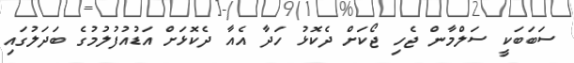
ސަބަބަކީ ސަލްމާން ޖެހި ޖޯކަށް ދެކޮޅު ހަދާ އެއާ ދެކޮޅަށް އަޑުއުފުލުމުގެ ބަދަލުގައި